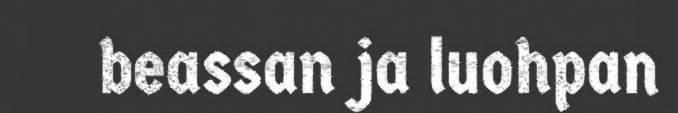
beassan ja luohpan